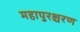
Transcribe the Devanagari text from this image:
महापुरश्चरण